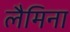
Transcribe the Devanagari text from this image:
लैमिना